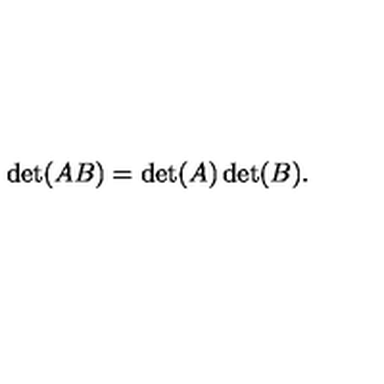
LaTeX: \det ( A B ) = \det ( A ) \det ( B ) .